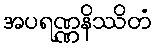
အပရဏ္ဏနိဿိတံ